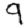
Digit: 9